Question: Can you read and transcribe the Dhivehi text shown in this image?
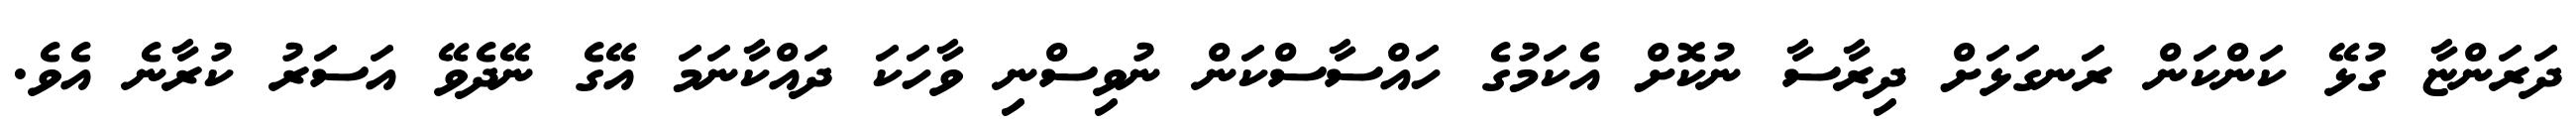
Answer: ދަރަންޏާ ގުޅޭ ކަންކަން ރަނގަޅަށް ދިރާސާ ނުކޮށް އެކަމުގެ ހައްސާސްކަން ނުވިސްނި ވާހަކަ ދައްކާނަމަ އޭގެ ނޭދެވޭ އަސަރު ކުރާނެ އެވެ.